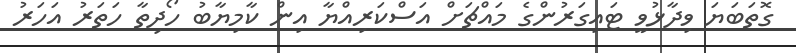
ގޮތަބަޔަ ވިދާޅުވީ ޓައިގަރުންގެ މައްޗަށް އަސްކަރިއްޔާ އިން ކާމިޔާބު ހޯދިތާ ހަތަރު އަހަރު